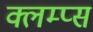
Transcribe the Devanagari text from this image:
क्लम्प्स